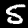
Digit: 5